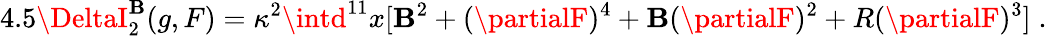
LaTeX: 4.5\DeltaI_{2}^{\mathbf{B}}(g,F)=\kappa^{2}\intd^{11}x[\mathbf{B}^{2}+(\partialF)^{4}+\mathbf{B}(\partialF)^{2}+R(\partialF)^{3}]\; .